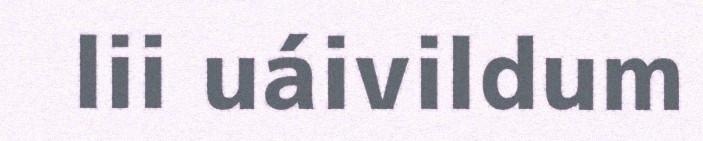
lii uáivildum